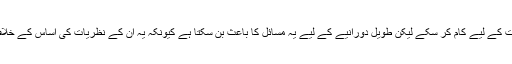
کچھ جوڑوں کے لیے یہ شاید مختصر مدت کے لیے کام کر سکے لیکن طویل دورانیے کے لیے یہ مسائل کا باعث بن سکتا ہے کیونکہ یہ ان کے نظریات کی اساس کے خلاف جاتا ہے جو تعلقات کے بارے میں ہیں۔